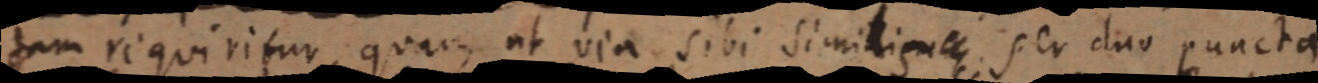
dam requiritur, quam ut via sibi simili _ per duo puncta